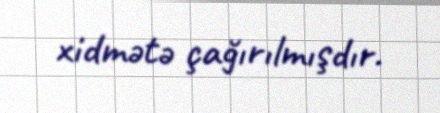
xidmətə çağırılmışdır.